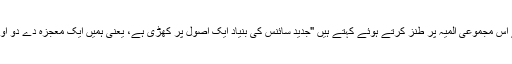
پروفیسر Rupert Sheldrake جدید فزکس کے اس مجموعی المیہ پر طنز کرتے ہوئے کہتے ہیں "جدید سائنس کی بنیاد ایک اصول پر کھڑی ہے، یعنی ہمیں ایک معجزہ دے دو اور اس کے بعد ہم ہر چیز کی وضاحت کر دیں گے۔